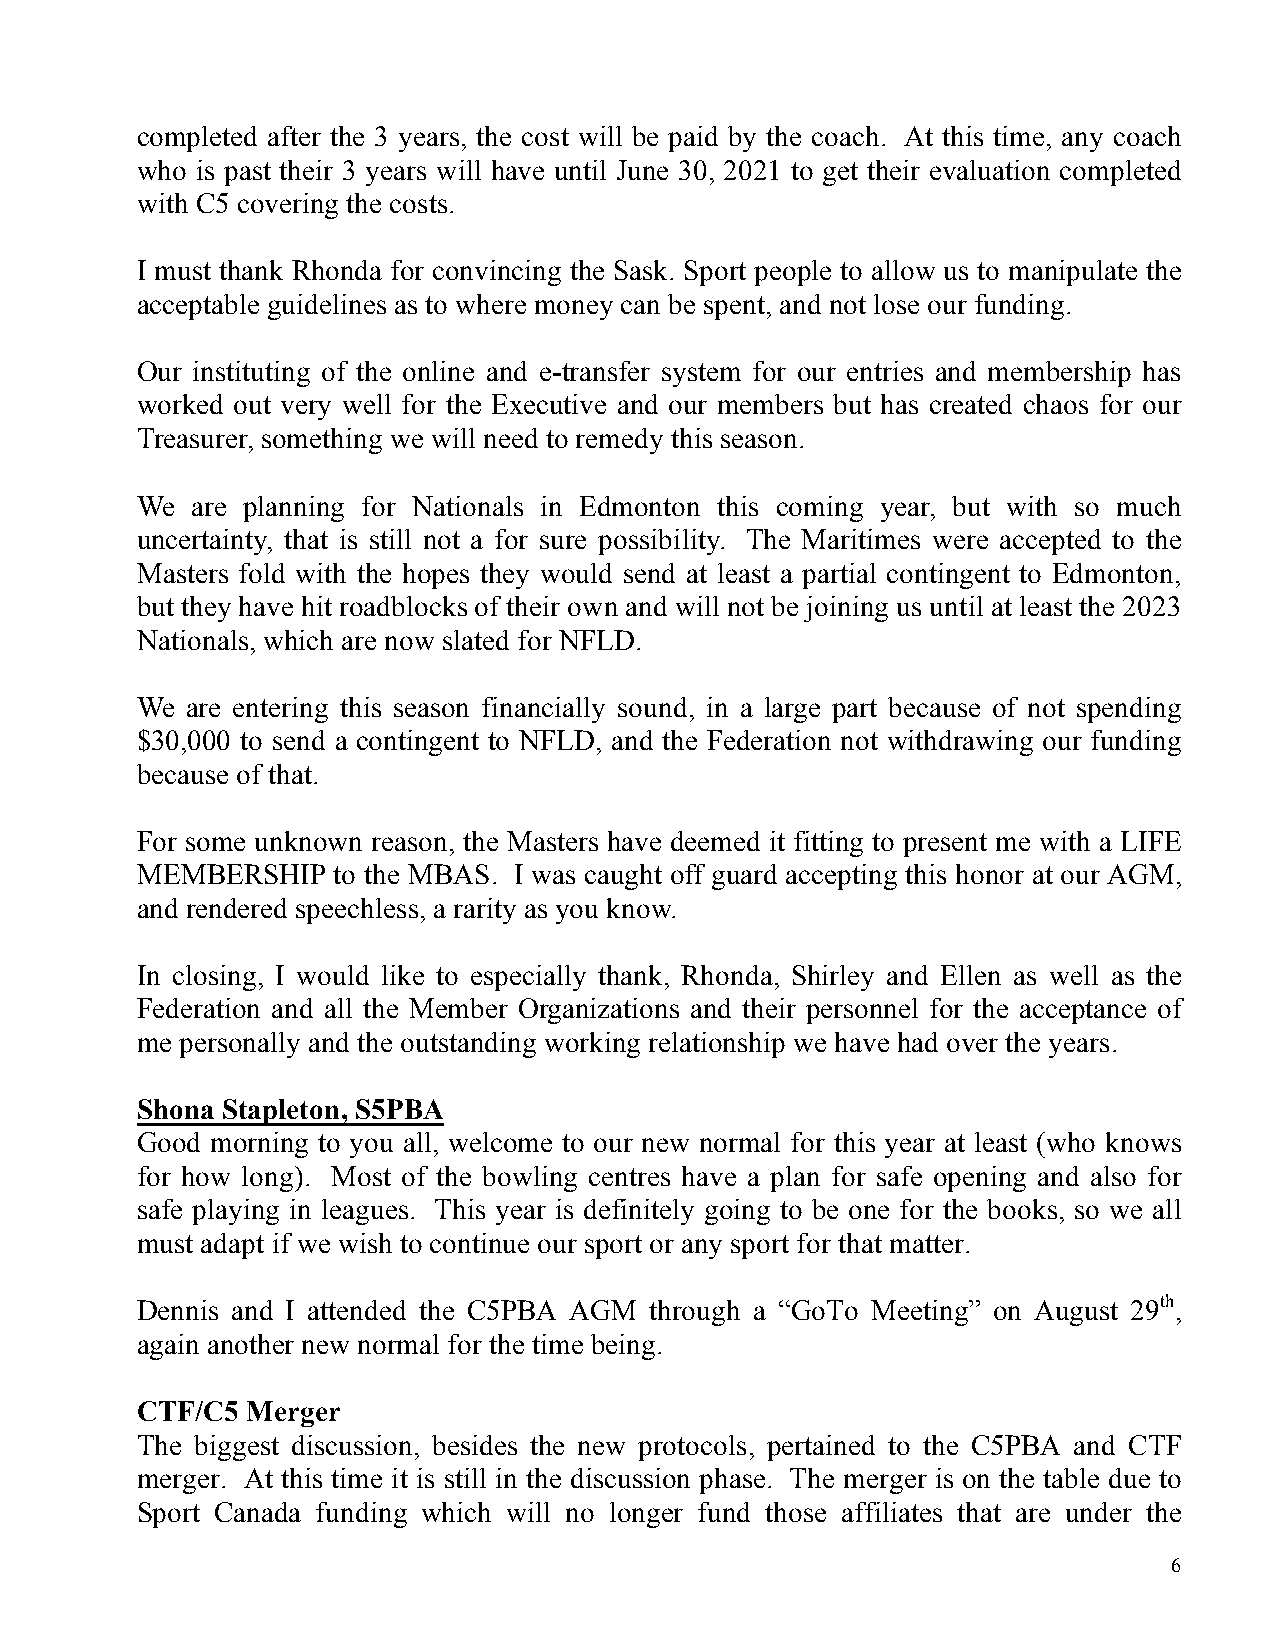
completed after the 3 years, the cost will be paid by the coach. At this time, any coach
 who is past their 3 years will have until June 30, 2021 to get their evaluation completed
 with C5 covering the costs.
 I must thank Rhonda for convincing the Sask. Sport people to allow us to manipulate the
 acceptable guidelines as to where money can be spent, and not lose our funding.
 Our instituting of the online and e-transfer system for our entries and membership has
 worked out very well for the Executive and our members but has created chaos for our
 Treasurer, something we will need to remedy this season.
 We  are planning for Nationals in Edmonton this coming year, but with so much
 uncertainty, that is still not a for sure possibility. The Maritimes were accepted to the
 Masters fold with the hopes they would send at least a partial contingent to Edmonton,
 but they have hit roadblocks of their own and will not be joining us until at least the 2023
 Nationals, which are now slated for NFLD.
 We are entering this season financially sound, in a large part because of not spending
 $30,000 to send a contingent to NFLD, and the Federation not withdrawing our funding
 because of that.
 For some unknown reason, the Masters have deemed it fitting to present me with a LIFE
 MEMBERSHIP   to the MBAS. I was caught off guard accepting this honor at our AGM,
 and rendered speechless, a rarity as you know.
 In closing, I would like to especially thank, Rhonda, Shirley and Ellen as well as the
 Federation and all the Member Organizations and their personnel for the acceptance of
 me personally and the outstanding working relationship we have had over the years.
 Shona Stapleton, S5PBA
 Good morning to you all, welcome to our new normal for this year at least (who knows
 for how long). Most of the bowling centres have a plan for safe opening and also for
 safe playing in leagues. This year is definitely going to be one for the books, so we all
 must adapt if we wish to continue our sport or any sport for that matter.
 Dennis and I attended the C5PBA AGM through a “GoTo Meeting” on August 29th,
 again another new normal for the time being.
 CTF/C5 Merger
 The biggest discussion, besides the new protocols, pertained to the C5PBA and CTF
 merger. At this time it is still in the discussion phase. The merger is on the table due to
 Sport Canada funding which will no longer fund those affiliates that are under the
 6